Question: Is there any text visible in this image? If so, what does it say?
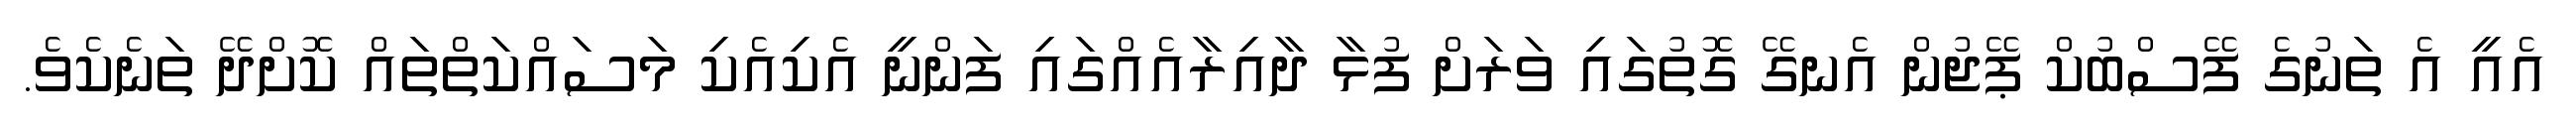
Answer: އެއީ އެ ތަނުގެ ފޭސްބުކް ޕޭޖުން އެނގޭ ގޮތުގައި ވަރަށް ފުޅާ ދާއިރާއެއްގައި ފަންނީ އެކިއެކި މަސައްކަތްތައް ކޮށްދޭ ތަނެކެވެ.